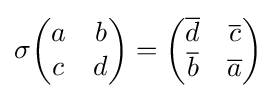
\sigma {\begin{pmatrix}a&b\\c&d\end{pmatrix}}={\begin{pmatrix}{\overline {d}}&{\overline {c}}\\{\overline {b}}&{\overline {a}}\end{pmatrix}}